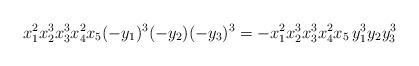
LaTeX: \begin{align*}x_1^2 x_2^3 x_3^3 x_4^2 x_5 (-y_1)^3(-y_2)(-y_3)^3=-x_1^2 x_2^3 x_3^3 x_4^2 x_5\, y_1^3 y_2 y_3^3\end{align*}